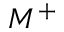
M ^ { + }